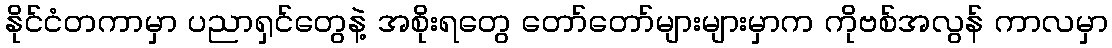
နိုင်ငံတကာမှာ ပညာရှင်တွေနဲ့ အစိုးရတွေ တော်တော်များများမှာက ကိုဗစ်အလွန် ကာလမှာ